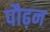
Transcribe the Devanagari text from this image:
पौढ़न